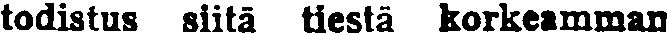
todistus siitä tiestä korkeamman